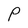
Character: P